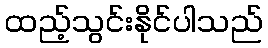
ထည့်သွင်းနိုင်ပါသည်